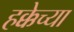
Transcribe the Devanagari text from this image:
हक्केच्या